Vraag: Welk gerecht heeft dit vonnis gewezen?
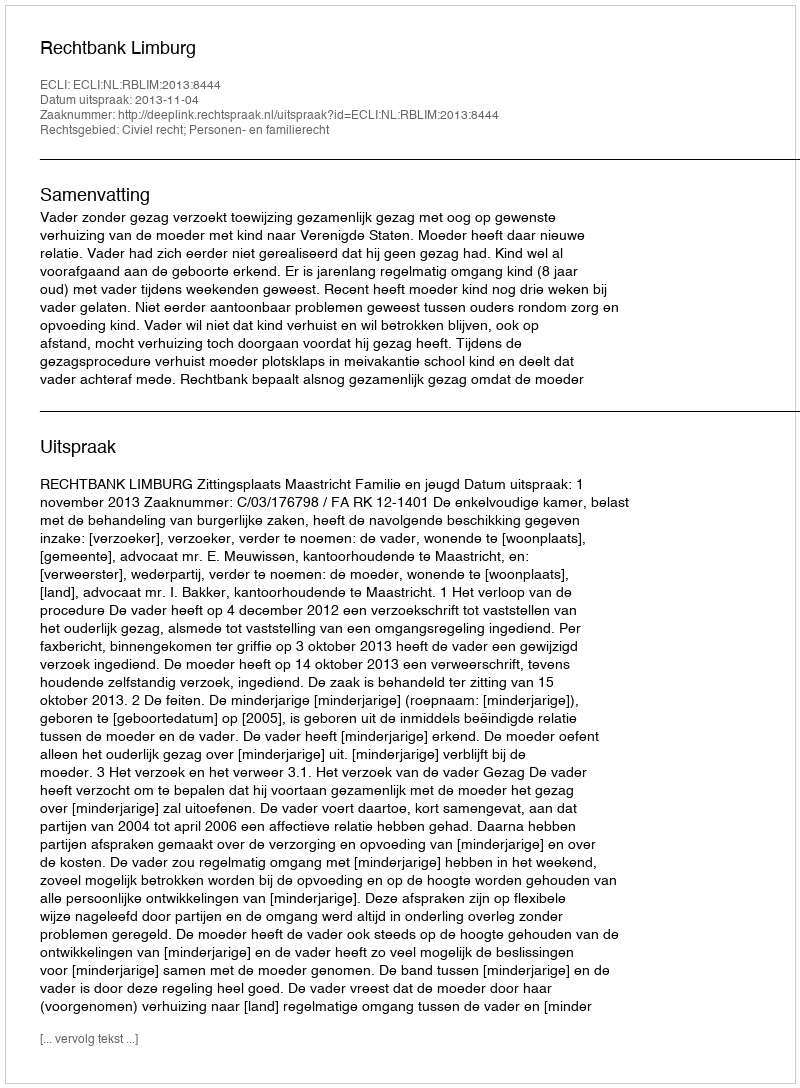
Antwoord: Rechtbank Limburg